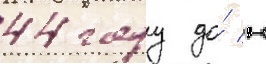
44 году до́ н